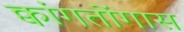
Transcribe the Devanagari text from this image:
क्वांगतोंगास